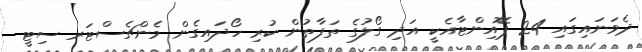
ދެވަނައިގައި 24 ޕޮޮއިންޓާއެކީ އަދި ގޯލުގެ ތަފާތުން ކުރި ހޯދައިގެން މެންޗެސްޓަރ ސިޓީ